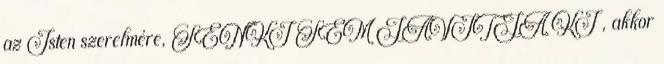
az Isten szerelmére, SENKI SEM JAVÍTJA KI , akkor